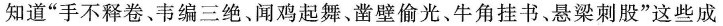
知道”手不释卷、韦编三绝、闻鸡起舞、凿壁偷光、牛角挂书、悬梁刺股”这些成